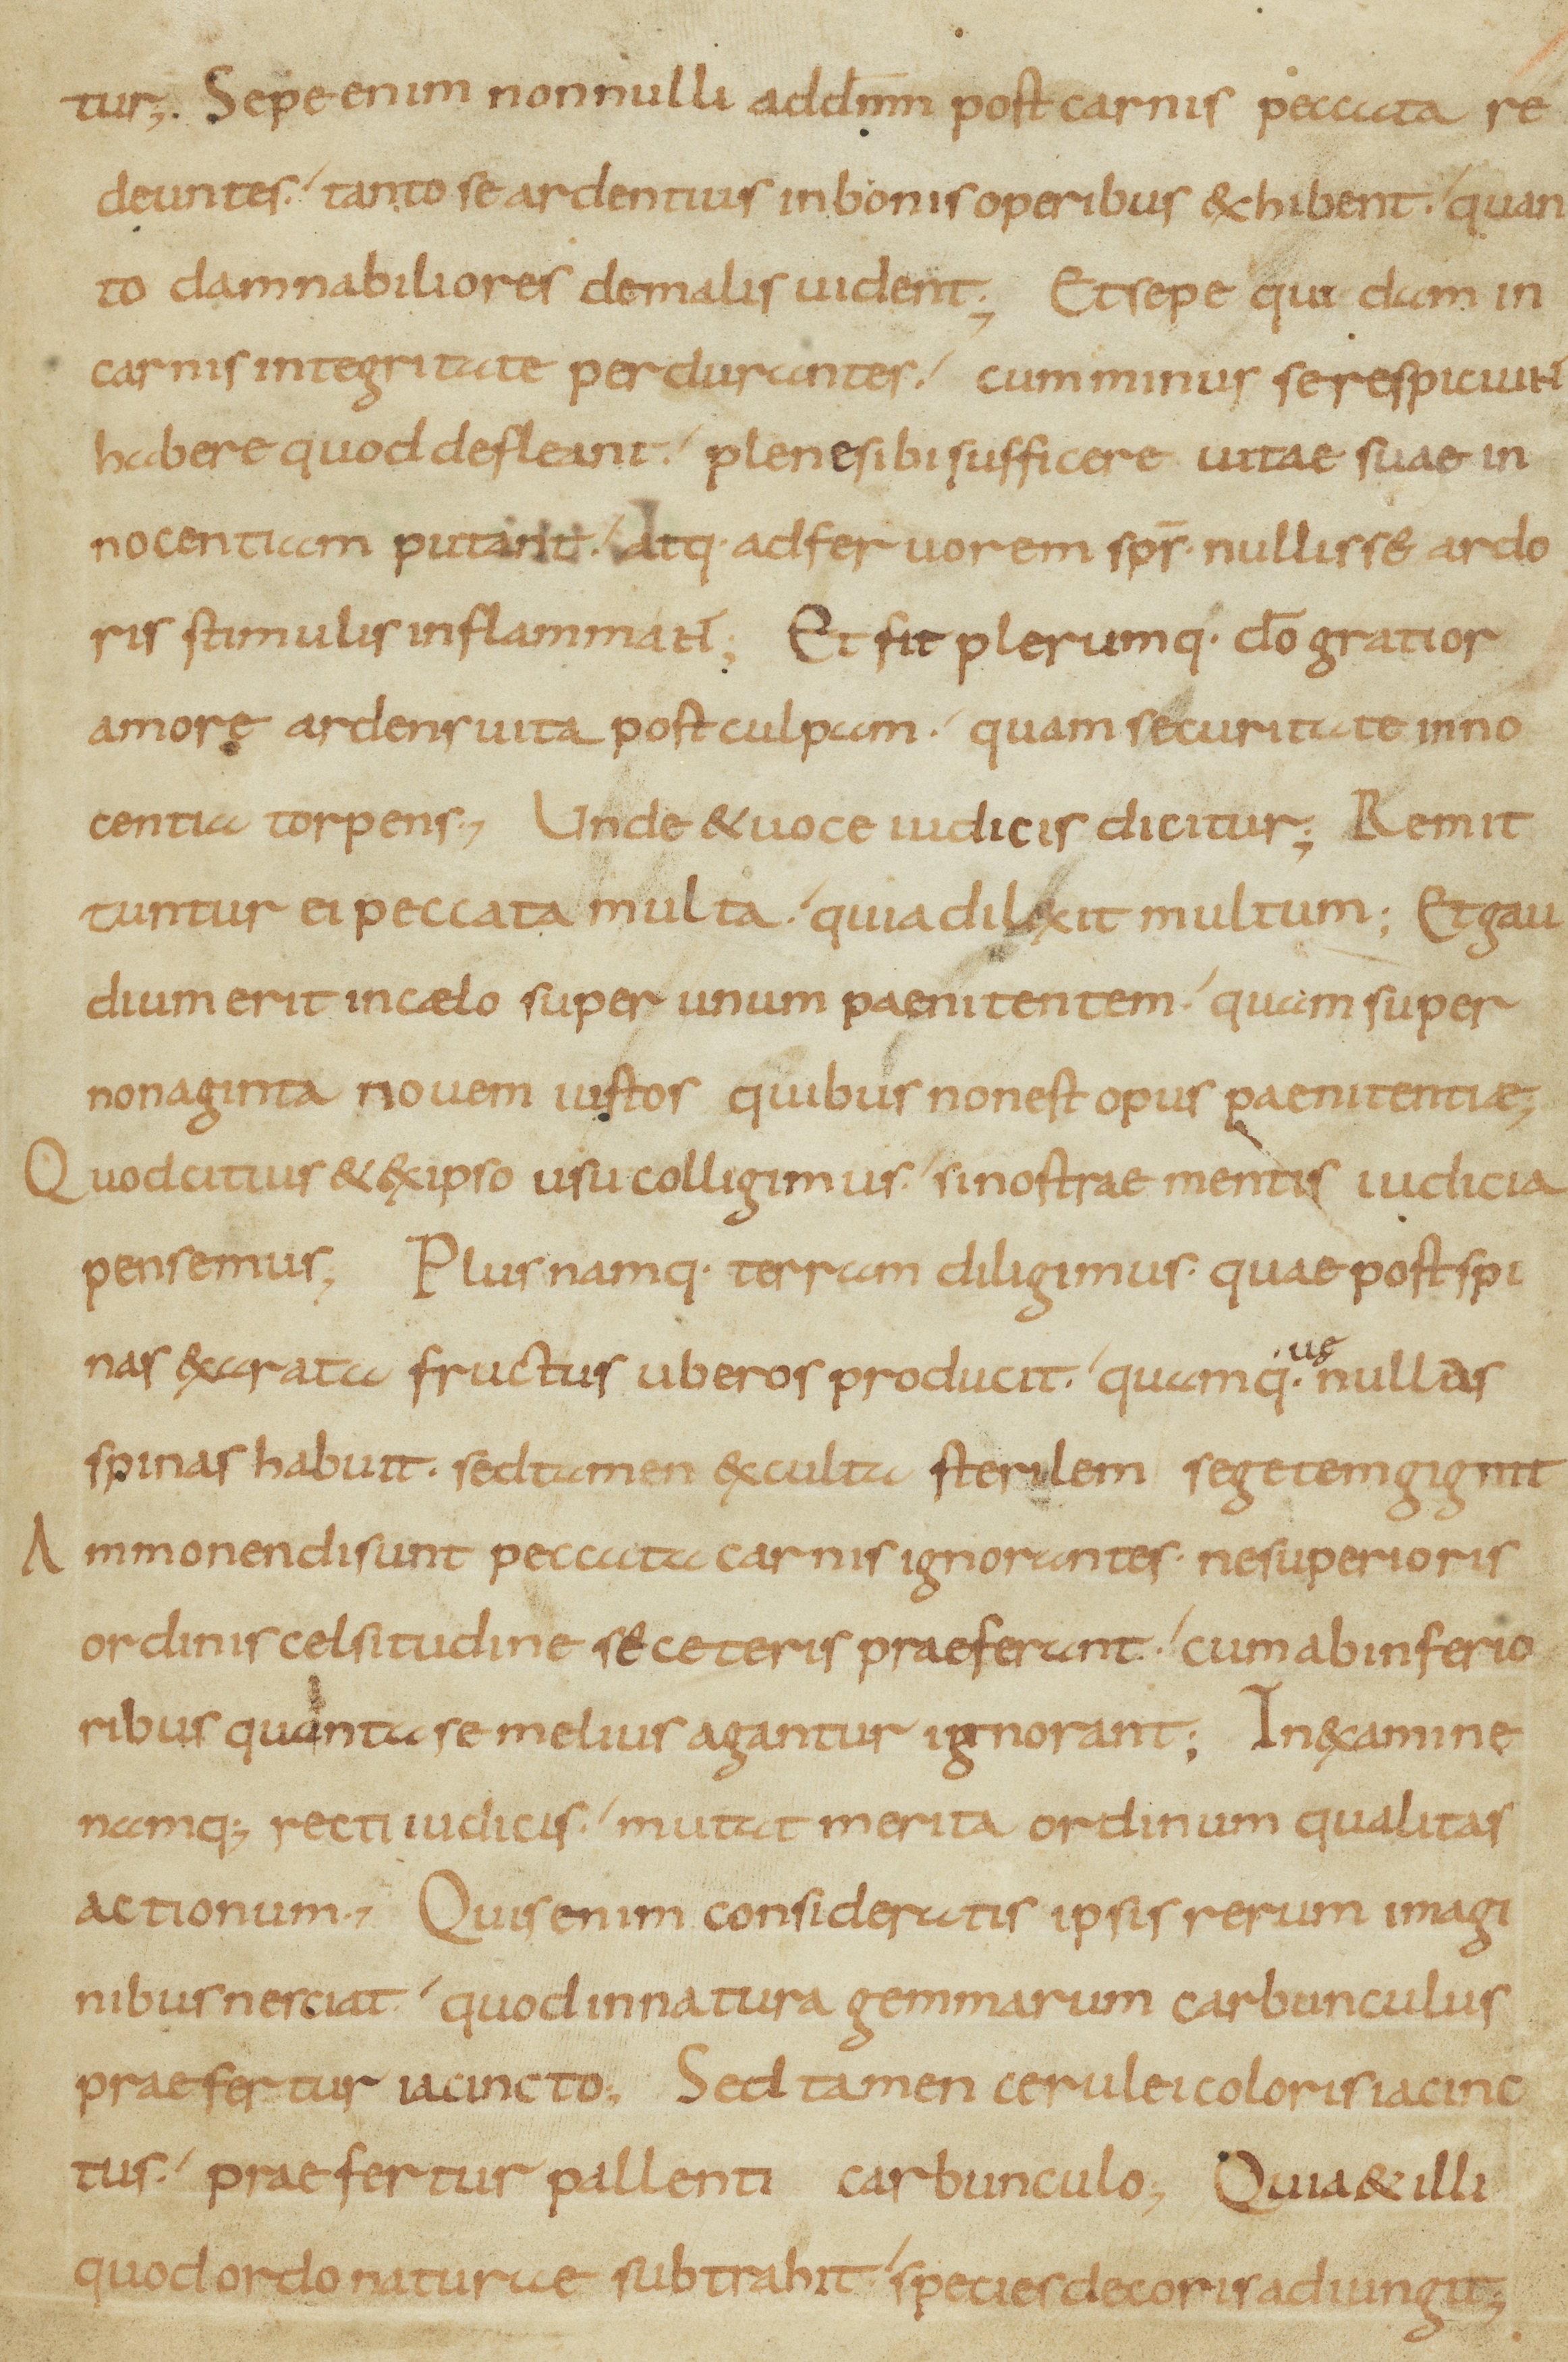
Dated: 800–899